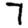
Digit: 7